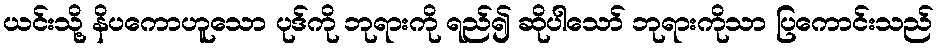
ယင်းသို့ နိပကောဟူသော ပုဒ်ကို ဘုရားကို ရည်၍ ဆိုပါသော် ဘုရားကိုသာ ပြကောင်းသည်